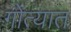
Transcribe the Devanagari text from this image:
गोत्यात